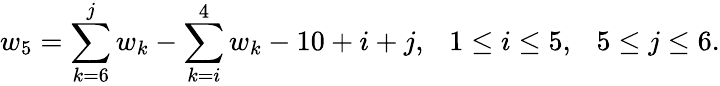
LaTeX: w_{5}=\sum_{k=6}^{j}w_{k}-\sum_{k=i}^{4}w_{k}-10+i+j,~~~1\leq i\leq 5,~~~5\leq j\leq 6.